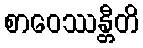
စာဝေဿန္တီတိ